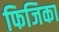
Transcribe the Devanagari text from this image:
फिजिका